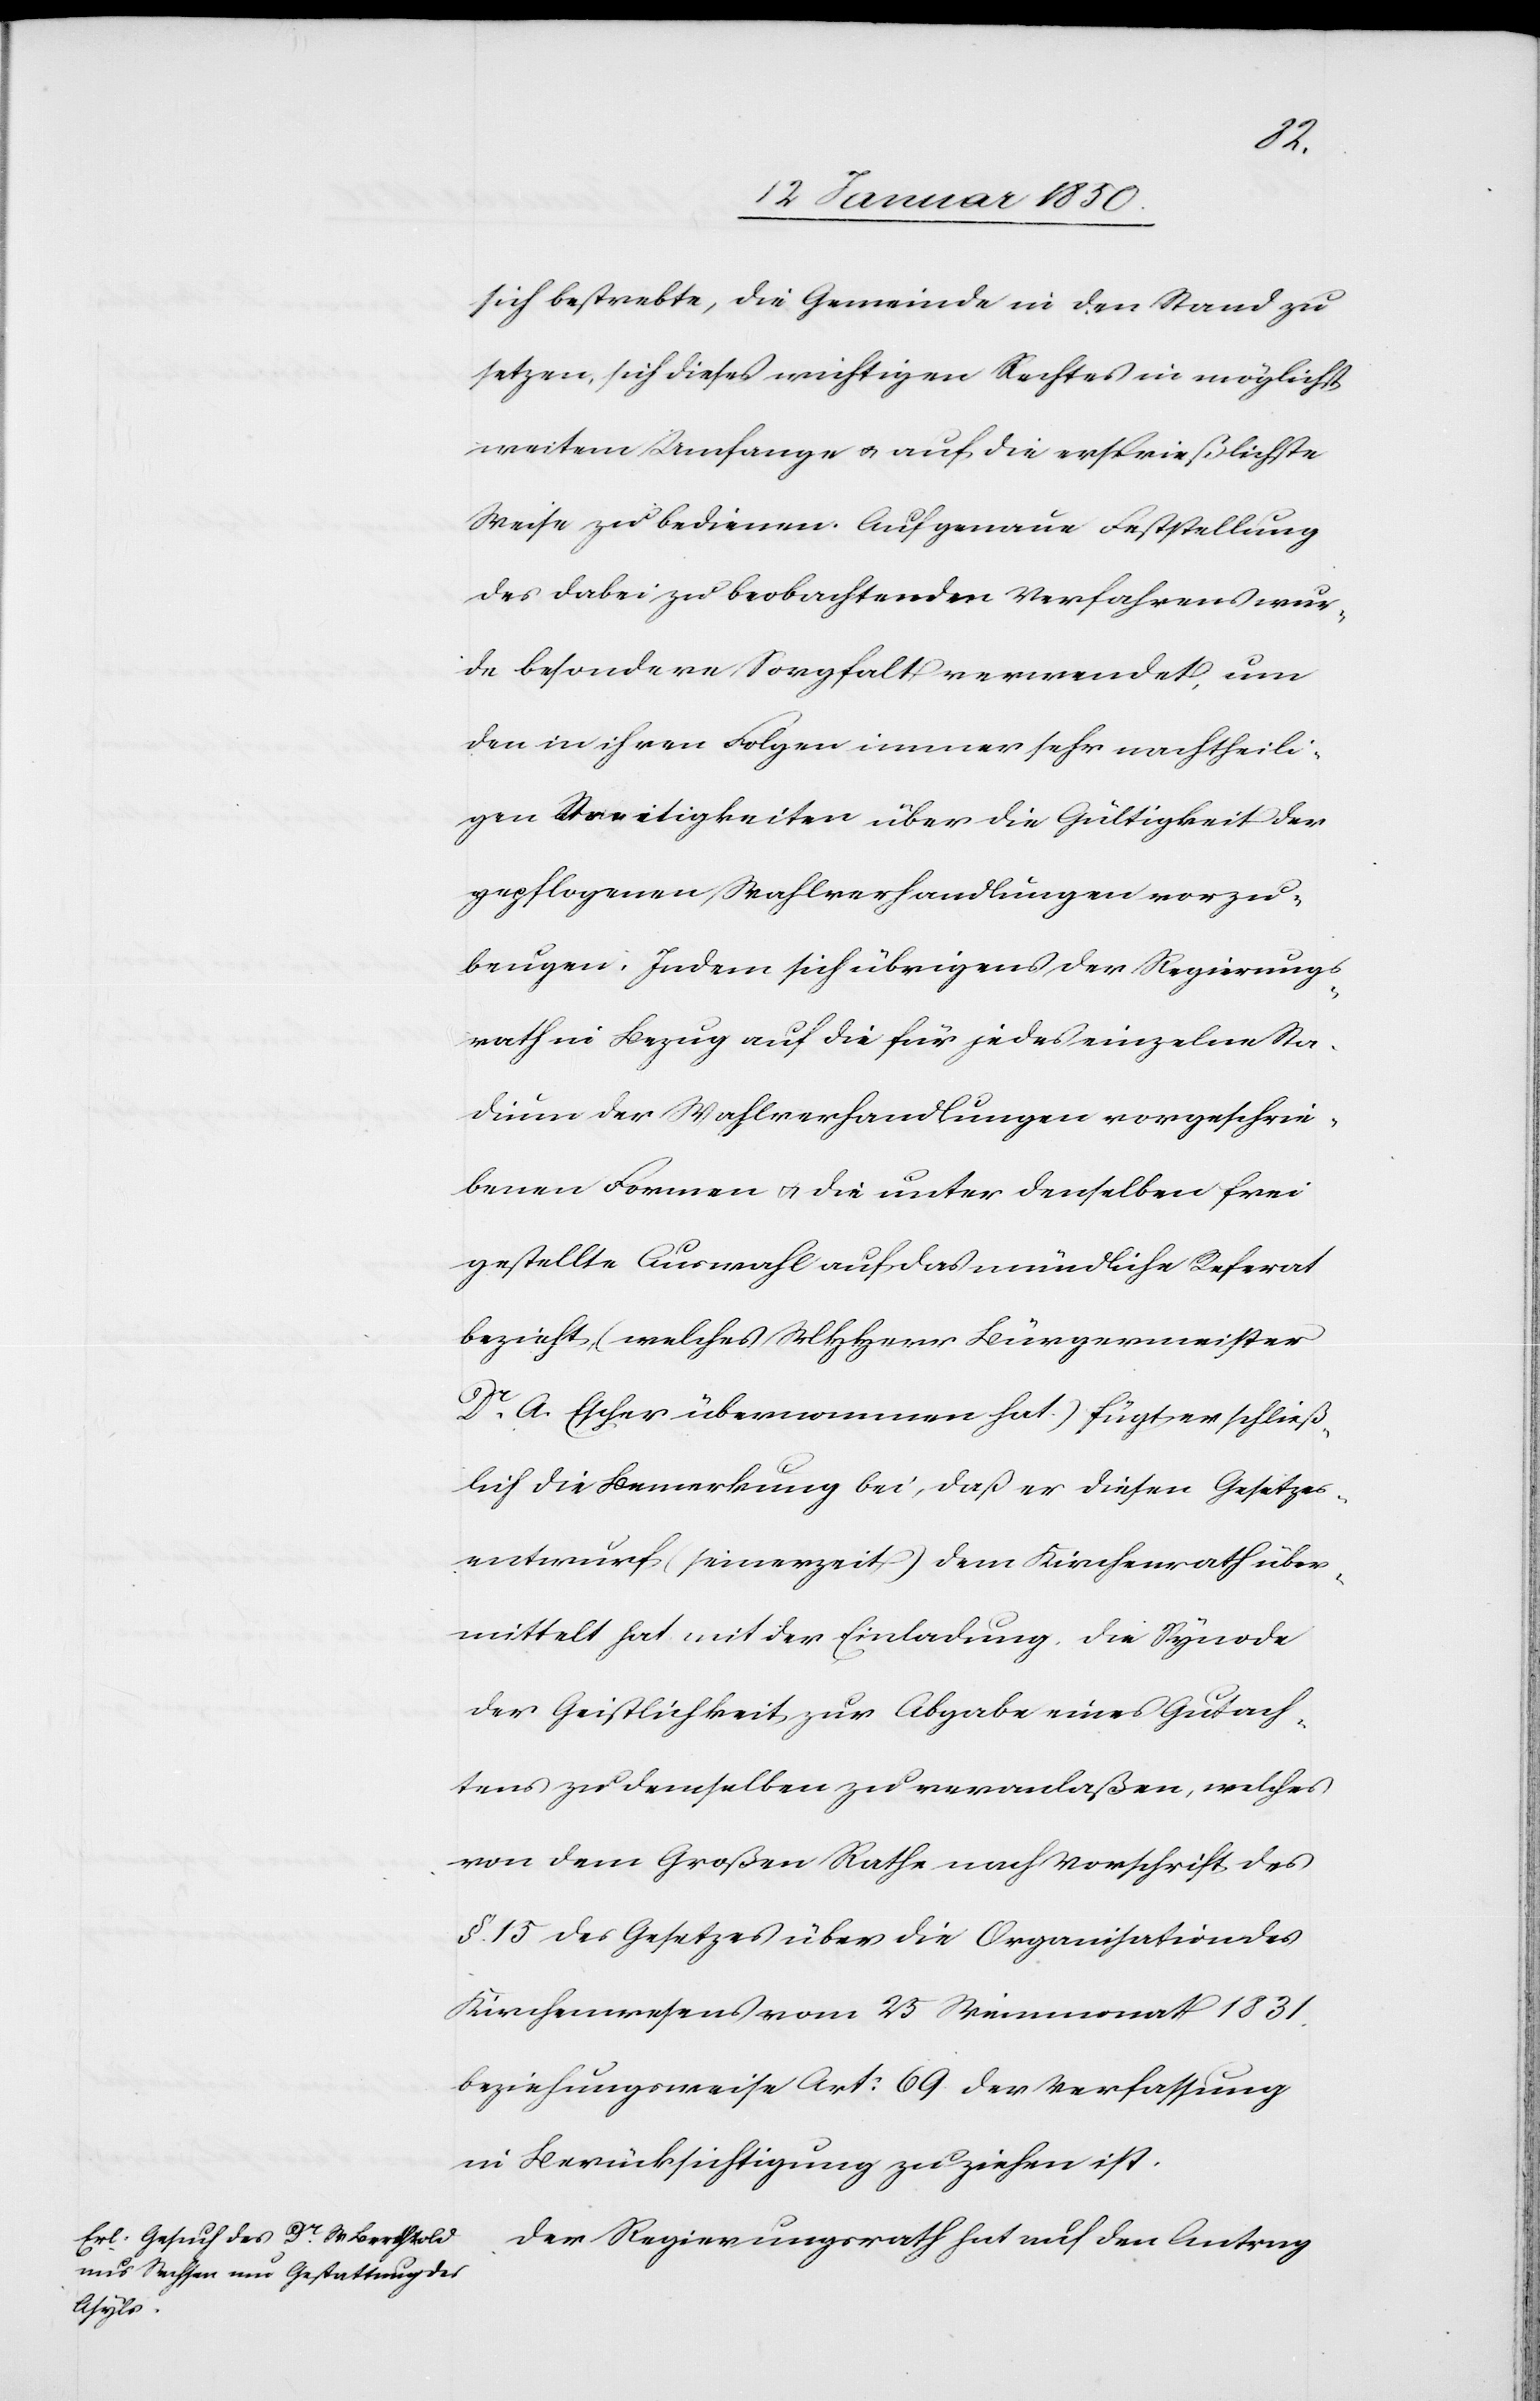
sich bestrebte, die Gemeinde in den Stand zu
setzen, sich dieses wichtigen Rechtes in möglichst
weitem Umfange u. auf die ersprießlichste
Weise zu bedienen. Auf genaue Feststellung
des dabei zu beobachtenden Verfahrens wur¬
de besondere Sorgfalt verwendet, um
den in ihren Folgen immer sehr nachtheili¬
gen Streitigkeiten über die Gültigkeit der
gepflogenen Wahlverhandlungen vorzu¬
beugen. Indem sich übrigens der Regierungs¬
rath in Bezug auf die für jedes einzelne Sta¬
dium der Wahlverhandlungen vorgeschrie¬
benen Formen u. die unter denselben frei
gestellte Auswahl auf das mündliche Referat
bezieht, (welches MHHerr Bürgermeister
Dr A. Escher übernommen hat.) fügt er schließ¬
lich die Bemerkung bei, daß er diesen Gesetzes¬
entwurf (seinerzeit) dem Kirchenrath über¬
mittelt hat mit der Einladung, die Synode
der Geistlichkeit zur Abgabe eines Gutach¬
tens zu demselben zu veranlaßen, welches
von dem Großen Rathe nach Vorschrift des
§. 15 des Gesetzes über die Organisation des
Kirchenwesens vom 25 Weinmonat 1831.
beziehungsweise Art: 69 der Verfassung
in Berücksichtigung zu ziehen ist.
Der Regierungsrath hat auf den Antrag